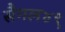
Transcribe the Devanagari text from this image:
सैगल४९